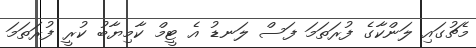
މެޗުގައި ލަންކާގެ ފުރަތަމަ ފަސް ލަނޑު އެ ޓީމް ކާމިޔާބު ކުރީ ފުރަތަމަ